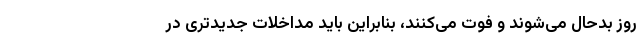
روز بدحال می‌شوند و فوت می‌کنند، بنابراین باید مداخلات جدیدتری در